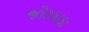
જોરવાડા